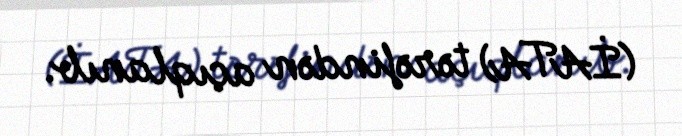
(İATA) tərəfindən açıqlanıb.